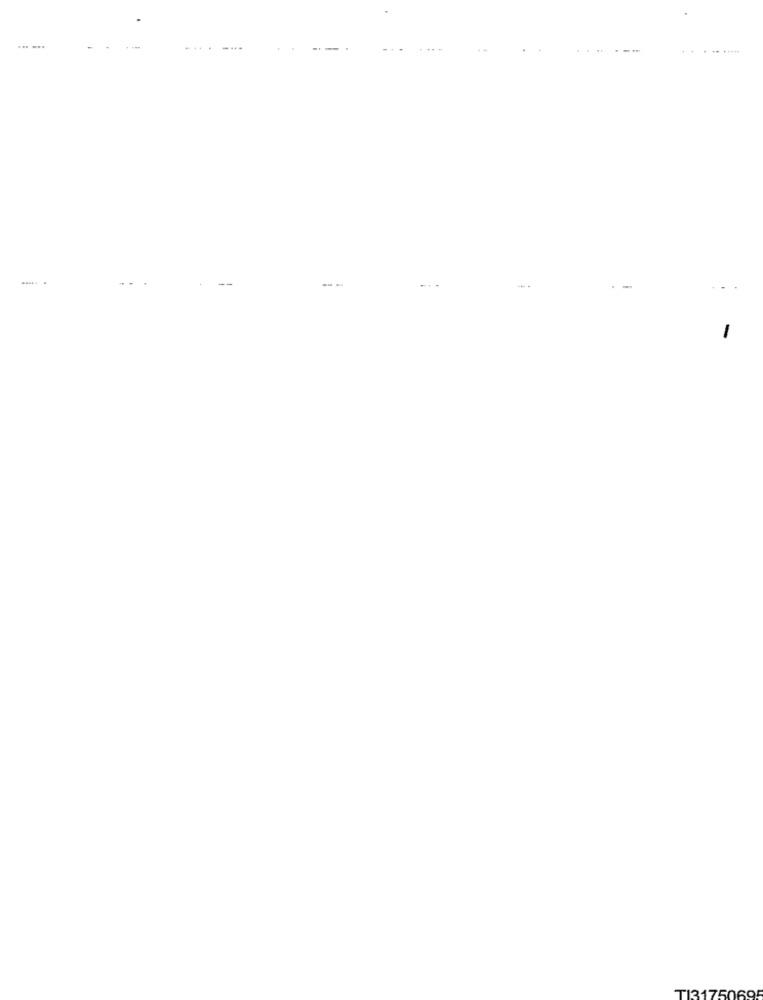
... ...
--
--
........
-
TI3175069